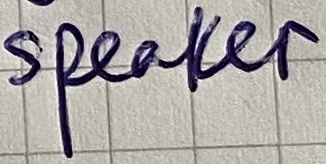
Text: speaker